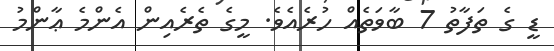
ޑީ ގެ ތަފާތު 7 ބާވަތެއް ހުރެއެވެ. މީގެ ތެރެއިން އެންމެ ޢާންމު